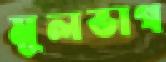
মূলভাগ